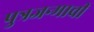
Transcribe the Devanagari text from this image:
पुत्रजन्माची